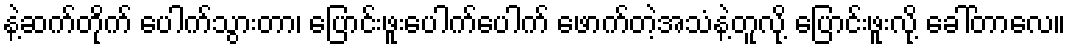
နဲ့ဆက်တိုက် ပေါက်သွားတာ၊ ပြောင်းဖူးပေါက်ပေါက် ဖောက်တဲ့အသံနဲ့တူလို့ ပြောင်းဖူးလို့ ခေါ်တာလေ။